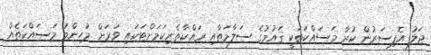
ޖަލު އޮފިސަރުން ކުރާ މަސައްކަތަކީ ޤައުމުގެ ސަލާމަތާއި ރައްކާތެރިކަމަށްޓަކައި ވަރަށް މުހިންމު މަސައްކަތެއް